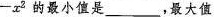
- x ^ { 2 }的最小值是___，最大值